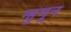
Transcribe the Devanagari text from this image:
म्हुणून